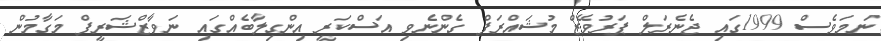
ނަމަވެސް 1999ގައި ޖެނެރަލް ޕަރުވޭޒް މުޝައްރަފް ގެންނެވި އަސްކަރީ އިންގިލާބެއްގައި ނަވާޒްޝަރީފް މަގާމުން